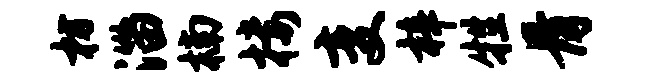
枋淄楠楼变梓牲骨